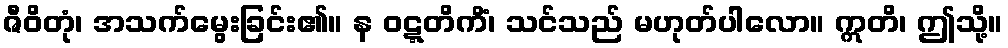
ဇီဝိတုံ၊ အသက်မွေးခြင်း၏။ န ဝဋ္ဋတိကိံ၊ သင်သည် မဟုတ်ပါလော။ ဣတိ၊ ဤသို့။